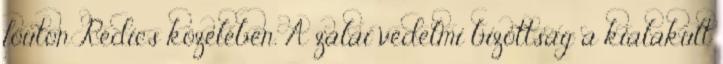
főúton Rédics közelében. A zalai védelmi bizottság a kialakult